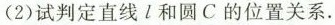
(2)试判定直线l和圆C的位置关系。